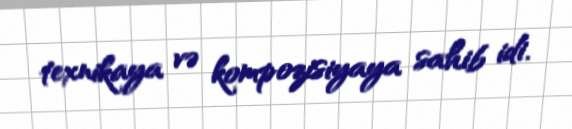
texnikaya və kompozisiyaya sahib idi.